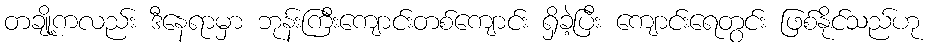
တချို့ကလည်း ဒီနေရာမှာ ဘုန်းကြီးကျောင်းတစ်ကျောင်း ရှိခဲ့ပြီး ကျောင်းရေတွင်း ဖြစ်နိုင်သည်ဟု